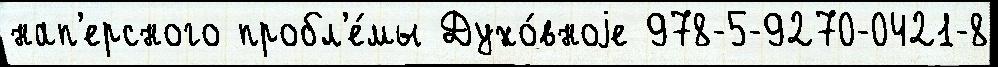
нап'ерсного пробл'е́мы Духо́вноjе 978-5-9270-0421-8